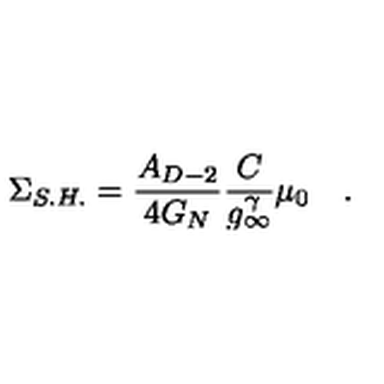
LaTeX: \Sigma _ { S . H . } = \frac { A _ { D - 2 } } { 4 G _ { N } } \frac { C } { g _ { \infty } ^ { \gamma } } \mu _ { 0 } \quad .